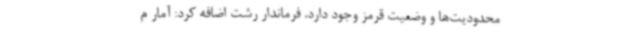
محدودیت‌ها و وضعیت قرمز وجود دارد. فرماندار رشت اضافه کرد: آمار م